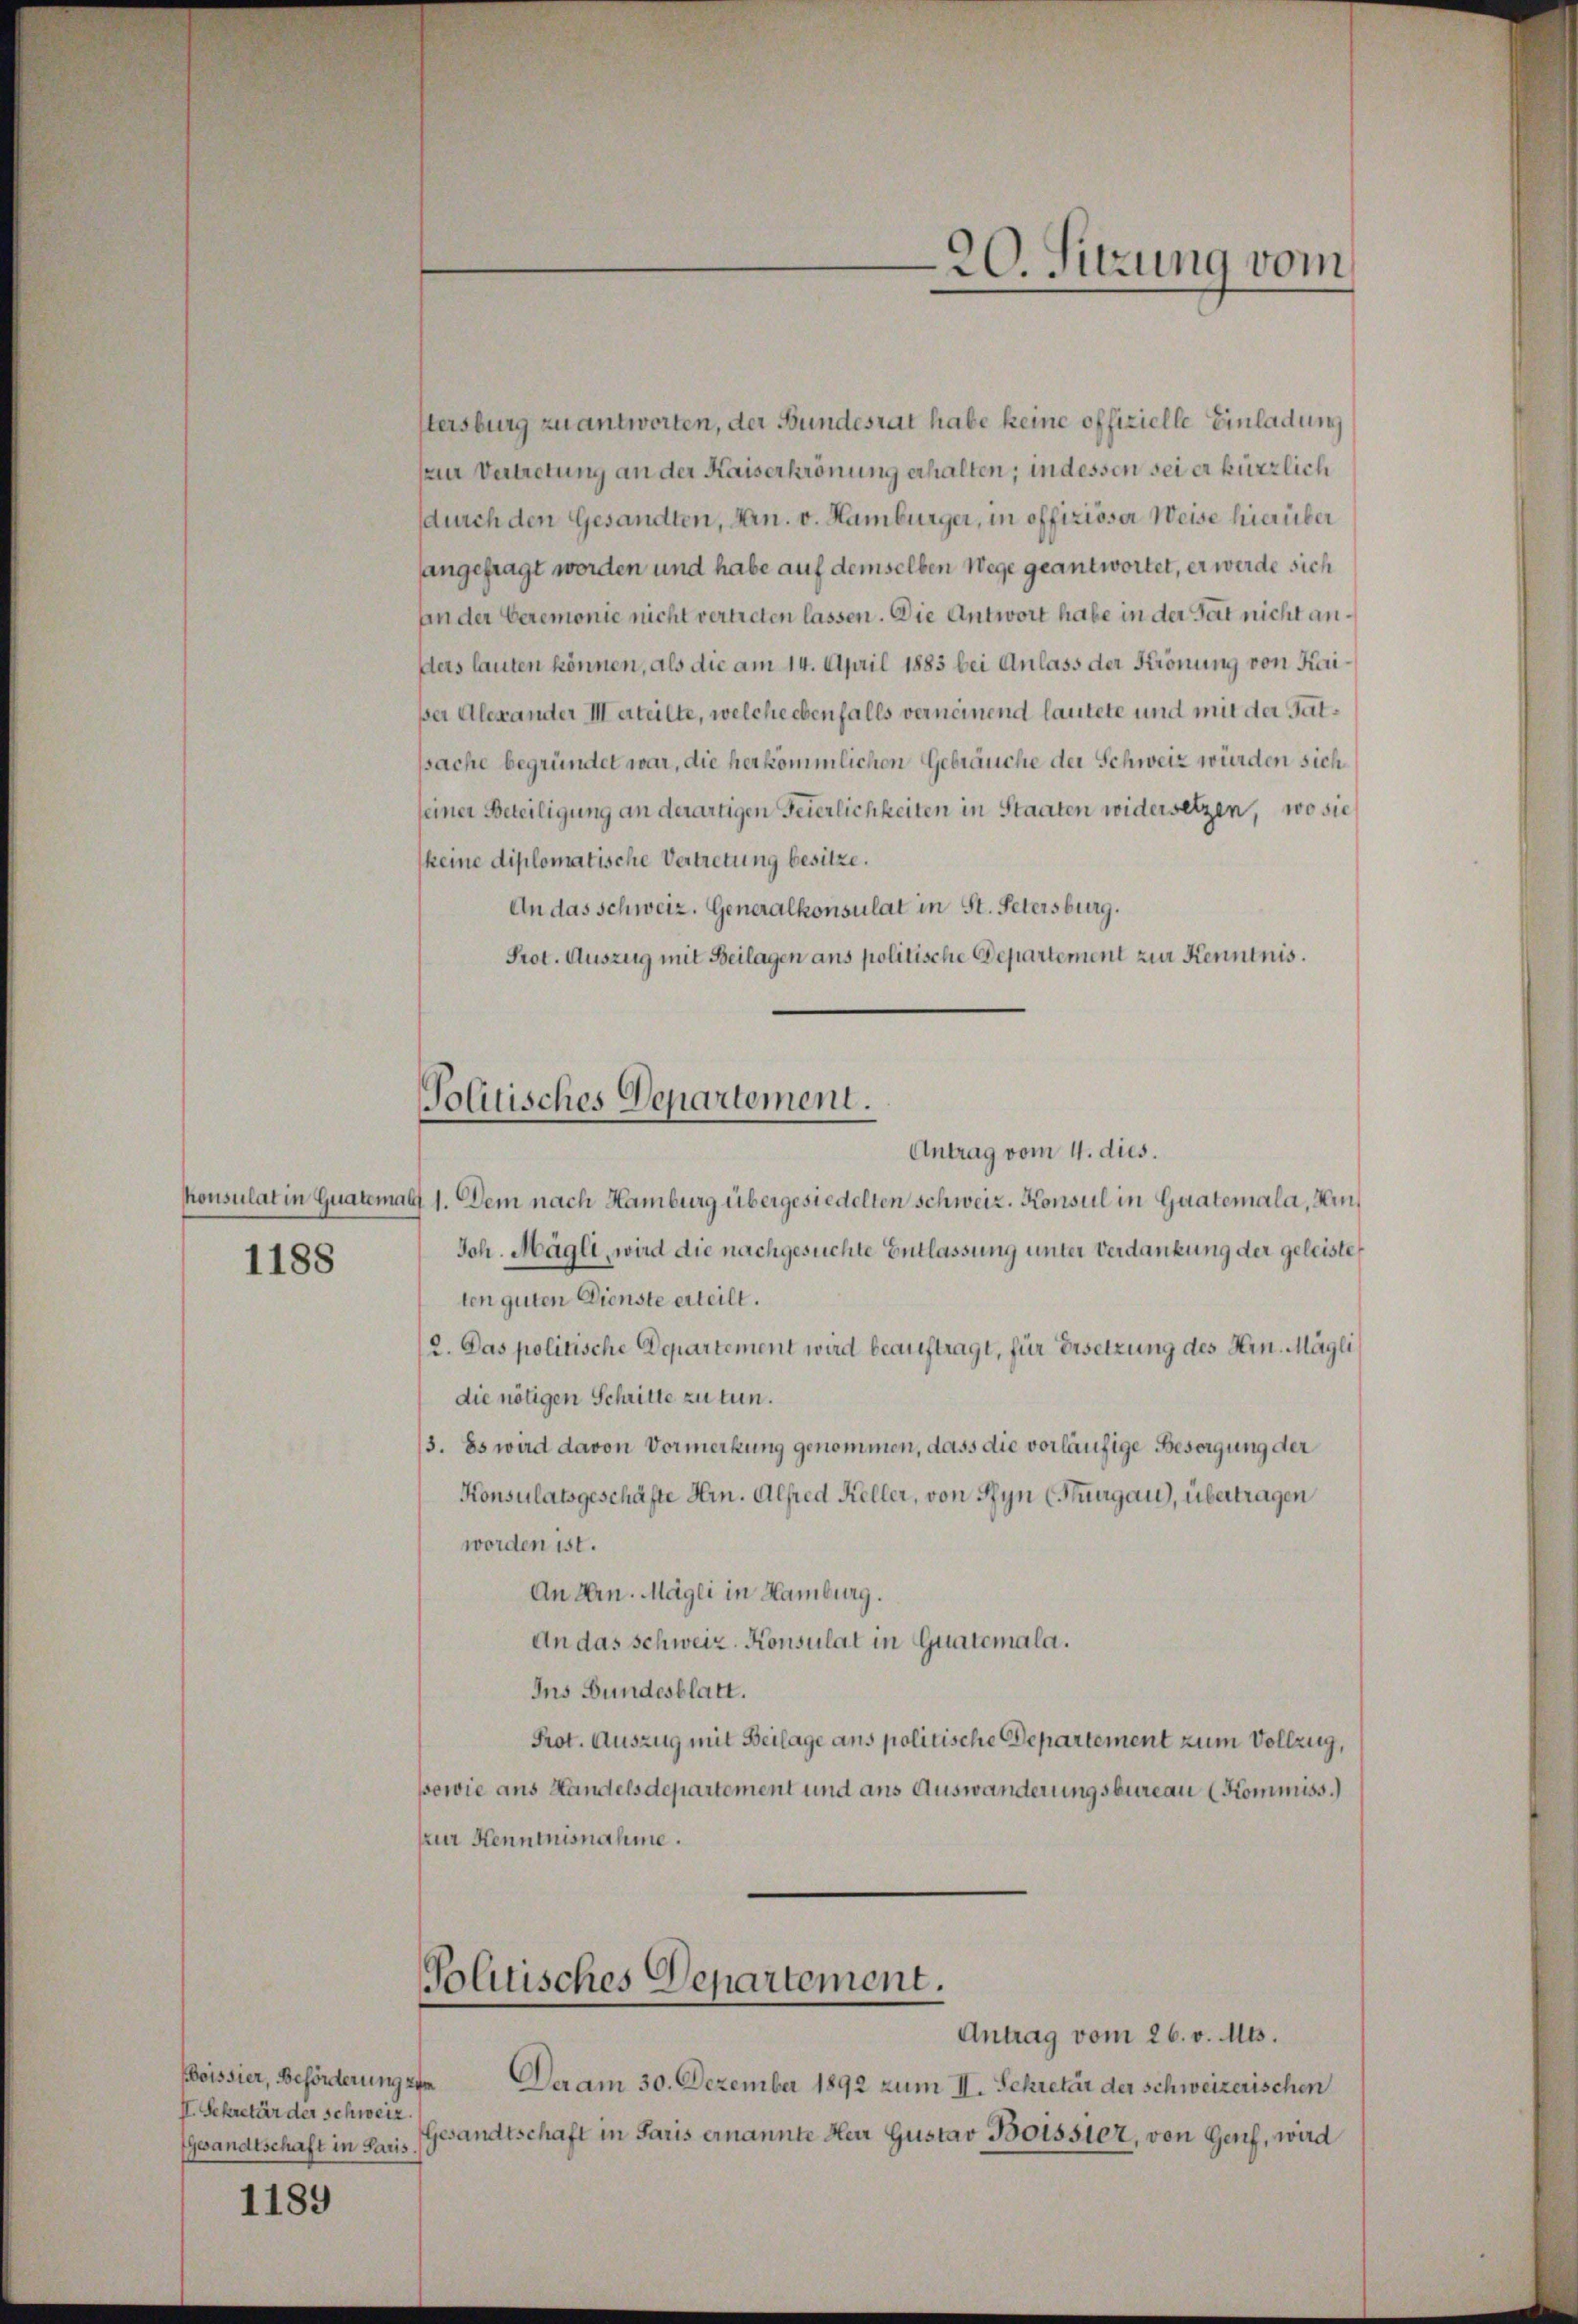
1188

eissier, Beförderung
II. Sekretär der Schweiz.
gwandtschaft in Paris

1189

stersburg zu antworten, der Bundesrat habe keine offizielle Einladung
kur Vertretung an der Kaiserkrönung erhalten; in dessen sei er kürzlich
durch den Gesandten, Hrn. v. Hamburger, in offiziöser Weise hierüber
angefragt worden und habe auf demselben Wege geantwortet, er werde sich
An der Ceremonie nicht vertreten lassen. Die Antwort habe in der Tat nicht anders lauten können, als die am 14. April 1883 bei Anlass der Krönung von Kerißer Alexander Verteilte, welche ebenfalls verneinend lautete und mit der Gatssache begründet war, die herkömmlichen Gebräuche der Schweiz würden sich
seiner Beteiligung an derartigen Feierlichkeiten in Staaten widersetzen, wo sie
keine diplomatische Vertretung besitze.
An das Schweiz. Generalkonsulat in St. Petersburg.
Prot. Auszug mit Beilagen ans politische Departement zur Kenntnis.

Politisches Departement.

Antrag vom 4. dies.
konsulat in Qualemals 1. Dem nach Hamburg übergesiedelten Schweiz. Konsul in Guatemala, Min¬
Joh. Magli, wird die nachgesuchte Entlassung unter Verdankung der geleiste
ten guten Dienste erteilt.
2. Das politische Departement wird beauftragt, für Ersetzung des Hrn. Mögli
die nötigen Schritte zu tun.
3. Es wird davon Vormerkung genommen, dass die vorläufige Besorgung der
Konsulatsgeschäfte Hrn. Alfred Keller, von Ryn (Thurgau, übertragen
worden ist.
An Hrn. Magli in Hamburg.
An das Schweiz. Konsulat in Gartemala.
Ins Bundesblatt.
Prot. Auszug mit Beilage ans politische Departement zum Vollzug,
powie aus Handelsdepartement und aus Auswanderungsbureau (Kommiss.)
kur Kenntnisnahme.

20. Sitzung vom

Politisches Departement.
Antrag vom 26. v. Mts.

te Der am 30. Dezember 1892 zum II. Sekretär der Schweizerischen
Gesandtschaft in Paris ernannte Herr Gustav Boissler, von Genf, wird